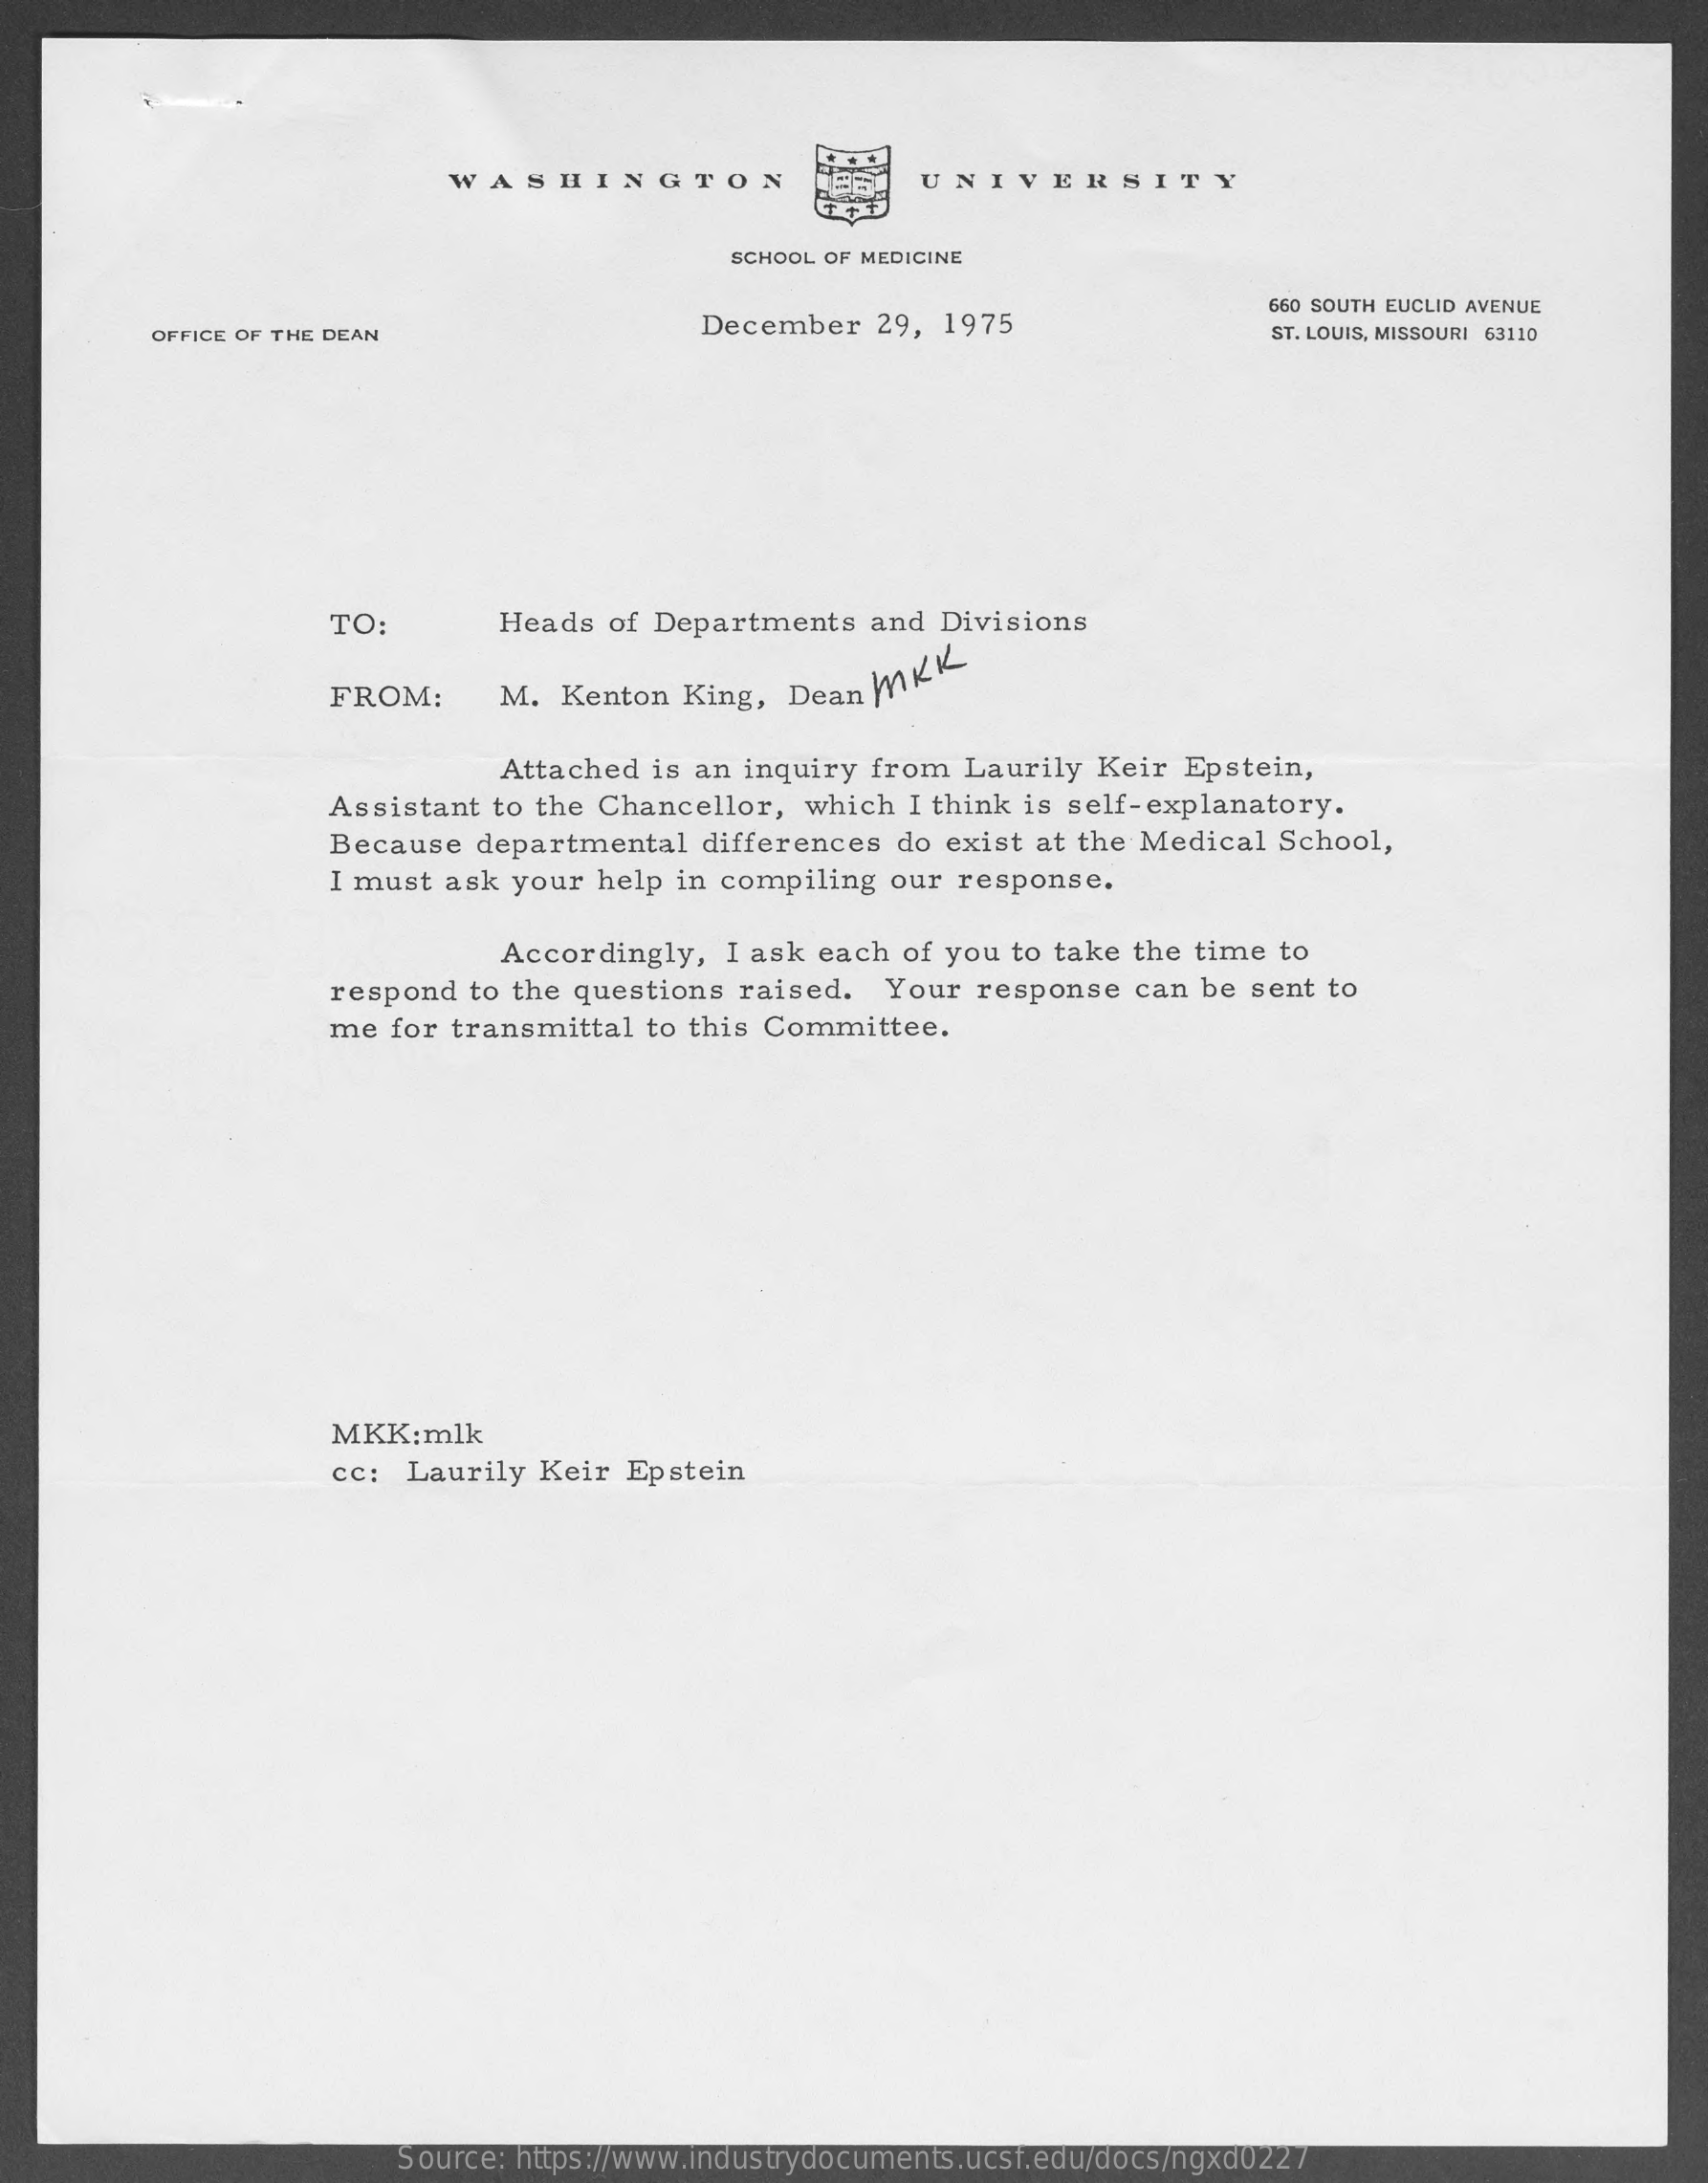
WASHINGTON    UNIVERSITY
     SCHOOL OF MEDICINE
     660 SOUTH EUCLID AVENUE
     OFFICE OF THE DEAN
     December   29, 1975    ST. LOUIS, MISSOURI 63110
     TO:    Heads of Departments   and  Divisions
     FROM:    M. Kenton  King,  Dean MKK
     Attached is an inquiry from  Laurily  Keir  Epstein,
     Assistant to the Chancellor,  which  I think is self-explanatory.
     Because  departmental  differences  do exist at the Medical  School,
     I must ask your  help in compiling  our response.
     Accordingly,  I ask each of you to take the time  to
     respond to the questions  raised.  Your  response  can  be sent to
     me for transmittal  to this Committee.
     MKK:mlk
     cc: Laurily  Keir Epstein
     Source: https://www.industrydocuments.ucsf.edu/docs/ngxd0227